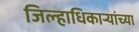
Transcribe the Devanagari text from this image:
जिल्हाधिकाऱ्यांच्या